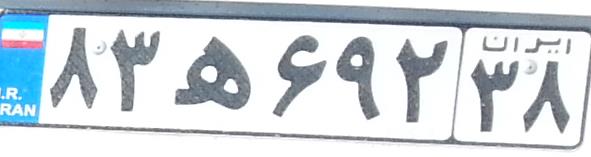
۸۳ه۶۹۲۳۸